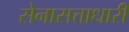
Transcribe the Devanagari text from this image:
सेनासत्ताधारी